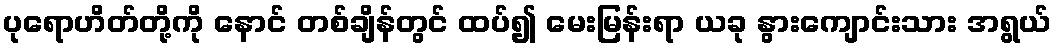
ပုရောဟိတ်တို့ကို နောင် တစ်ချိန်တွင် ထပ်၍ မေးမြန်းရာ ယခု နွားကျောင်းသား အရွယ်